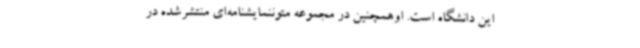
این دانشگاه است. اوهمچنین در مجموعه متوننمایشنامه‌ای منتشرشده در